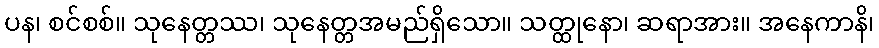
ပန၊ စင်စစ်။ သုနေတ္တဿ၊ သုနေတ္တအမည်ရှိသော။ သတ္ထုနော၊ ဆရာအား။ အနေကာနိ၊